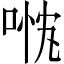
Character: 𱓓